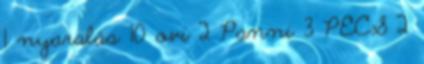
1 nyaralás 10 ovi 2 Panni 3 PECS 2